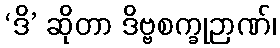
‘ဒိ’ ဆိုတာ ဒိဗ္ဗစက္ခုဉာဏ်၊